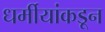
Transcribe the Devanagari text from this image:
धर्मीयांकडून